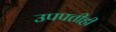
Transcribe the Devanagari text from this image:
उपपत्तीही